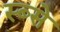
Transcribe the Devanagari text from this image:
स्ब्से